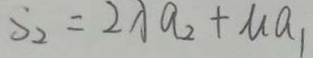
S _ { 2 } = 2 \lambda a _ { 2 } + M a _ { 1 }